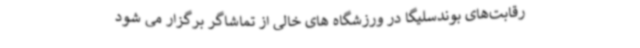
رقابت‌های بوندسلیگا در ورزشگاه های خالی از تماشاگر برگزار می شود